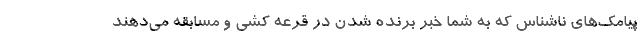
پیامک‌های ناشناس که به شما خبر برنده شدن در قرعه کشی و مسابقه می‌دهند